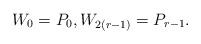
\begin{align*}W_0 = P_0, W_{2(r-1)} = P_{r-1}. \end{align*}